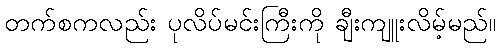
တက်စကလည်း ပုလိပ်မင်းကြီးကို ချီးကျူးလိမ့်မည်။